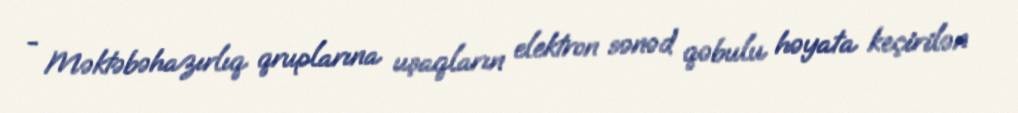
- Məktəbəhazırlıq qruplarına uşaqların elektron sənəd qəbulu həyata keçirilən